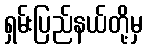
ရှမ်းပြည်နယ်တို့မှ